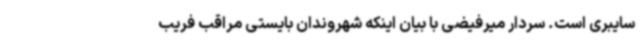
سایبری است. سردار میرفیضی با بیان اینکه شهروندان بایستی مراقب فریب